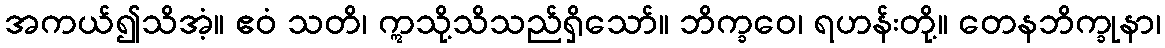
အကယ်၍သိအံ့။ ဧဝံ သတိ၊ ဣသို့သိသည်ရှိသော်။ ဘိက္ခဝေ၊ ရဟန်းတို့။ တေနဘိက္ခုနာ၊